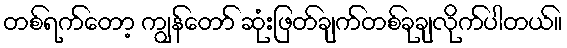
တစ်ရက်တော့ ကျွန်တော် ဆုံးဖြတ်ချက်တစ်ခုချလိုက်ပါတယ်။